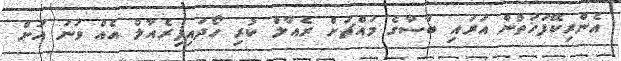
އެންރިކޭފަހަތުން އަރައި ބާސާގެ މައްޗަށް ރެއާލް ކުރި ހޯދައިފިރެއާލް އެއް ވަނަ އަށް